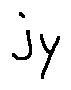
j _ { y }